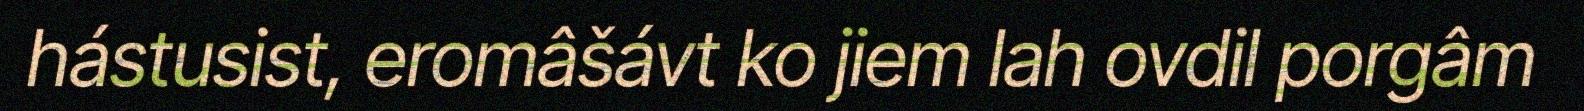
hástusist, eromâšávt ko jiem lah ovdil porgâm